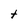
Character: t